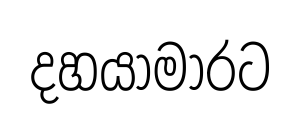
දහයාමාරට